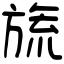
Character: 旒